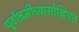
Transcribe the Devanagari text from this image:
पूर्वाश्रमीच्यासोव्हिएत